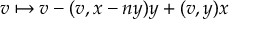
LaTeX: v \mapsto v - ( v , x - n y ) y + ( v , y ) x